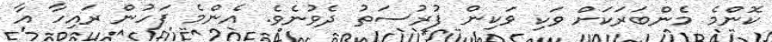
ކޮންމެ މެންބަރަކަށް ވަކި ވަކިން ފުރުސަތު ދެވުނެވެ. އެންމެ ފަހުން ރައިހާ އާ